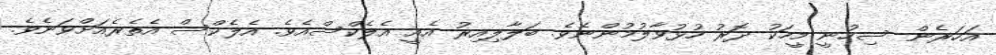
އަހަރެން ސިހުނީ މީހަކު ދޮރު ހުޅުވާލުމުންނެވެ. ބަލާލިއިރު އެއީ އެލެކްސްއެވެ. އެލެކްސް އެތެރެއަށްވަނެވެ.